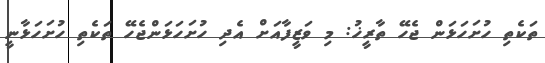
ތަކެތި ހުށަހަޅަން ޖެހޭ ތާރީޚު: މި ވަޒީފާއަށް އެދި ހުށަހަޅަންޖެހޭ ތަކެތި ހުށަހަޅާނީ